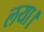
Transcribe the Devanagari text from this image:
लया।